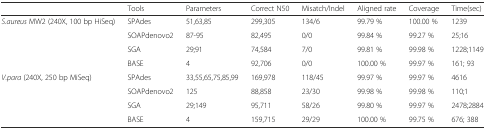
|  | Tools | Parameters | Correct N50 | Misatch/Indel | Aligned rate | Coverage | Time(sec) |
 | --- | --- | --- | --- | --- | --- | --- | --- |
 | <ROWSPAN=4> S.aureus MW2 (240X, 100 bp HiSeq) | SPAdes | 51,63,85 | 299,305 | 134/6 | 99.79 % | 100.00 % | 1239 |
 | SOAPdenovo2 | 87-95 | 82,495 | 0/0 | 99.84 % | 99.27 % | 25;16 |
 | SGA | 29;91 | 74,584 | 7/0 | 99.81 % | 99.98 % | 1228;1149 |
 | BASE | 4 | 92,706 | 0/0 | 100.00 % | 99.97 % | 161; 93 |
 | <ROWSPAN=4> V.para (240X, 250 bp MiSeq) | SPAdes | 33,55,65,75,85,99 | 169,978 | 118/45 | 99.97 % | 99.97 % | 4616 |
 | SOAPdenovo2 | 125 | 88,858 | 23/30 | 99.98 % | 99.98 % | 110;1 |
 | SGA | 29;149 | 95,711 | 58/26 | 99.80 % | 99.97 % | 2478;2884 |
 | BASE | 4 | 159,715 | 29/29 | 100.00 % | 99.75 % | 676; 388 |